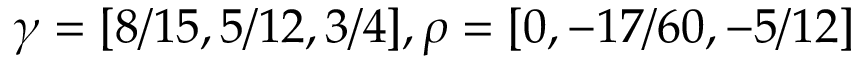
\gamma = [ 8 / 1 5 , 5 / 1 2 , 3 / 4 ] , \rho = [ 0 , - 1 7 / 6 0 , - 5 / 1 2 ]